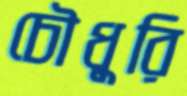
চৌধুরি